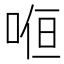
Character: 𭈚